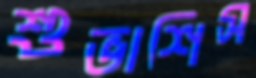
শুভাশিস